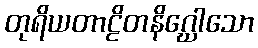
တုရိယတာဠိတနိဂ္ဃေါသော